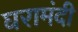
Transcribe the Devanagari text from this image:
घरामंदी